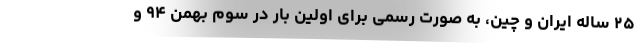
۲۵ ساله ایران و چین، به صورت رسمی برای اولین بار در سوم بهمن ۹۴ و